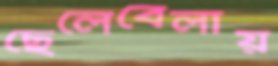
ছেলেবেলায়